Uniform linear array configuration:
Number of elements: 4
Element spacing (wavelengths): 0.75
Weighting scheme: exponential
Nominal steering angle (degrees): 30
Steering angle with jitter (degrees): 28.72
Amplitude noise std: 0.05
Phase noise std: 0.05

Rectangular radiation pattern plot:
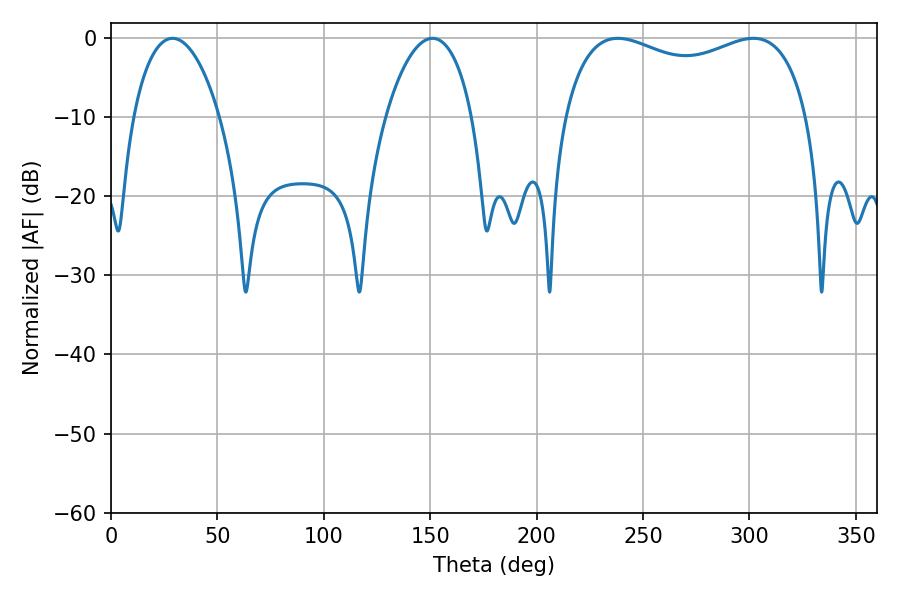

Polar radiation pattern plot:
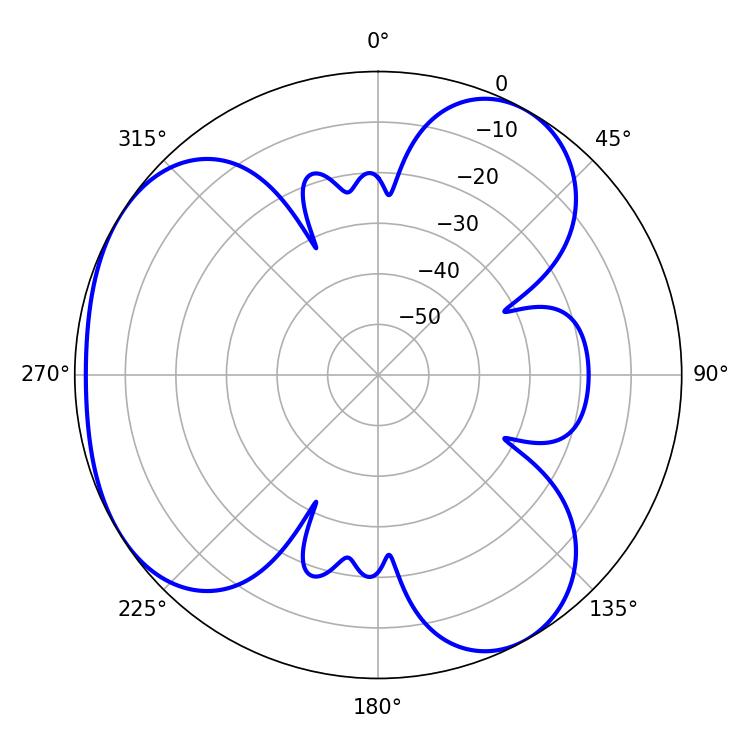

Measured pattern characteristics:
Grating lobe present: TRUE
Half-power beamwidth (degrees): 94.68
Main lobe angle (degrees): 238.14